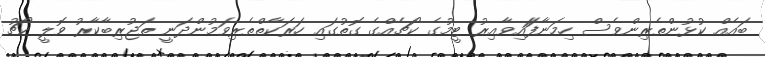
ބައެއް ކުޅުންތެރިންވެސް ހިމަނާފަައިވާއިރު ޓީމުގެ ކޯޗެއްގެ ގޮތުގައި ހަރަކާތްތެރިވަމުންދަނީ ތަޖުރިބާކާރު ވޮލީ ކޯޗު